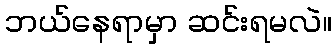
ဘယ်နေရာမှာ ဆင်းရမလဲ။